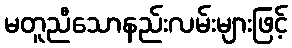
မတူညီသောနည်းလမ်းများဖြင့်